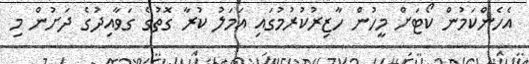
އެހެންކަމުން ކޯޓަށް މީހުން ހާޒިރުކުރުމުގައި އަމަލު ކުރާ ގޮތުގެ ގަވާއިދުގެ ދަށުން މި